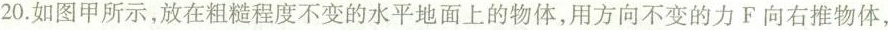
20.如图甲所示，放在粗糙程度不变的水平地面上的物体，用方向不变的力F向右推物体，